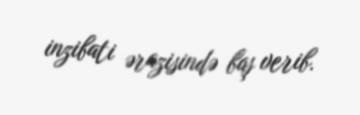
inzibati ərazisində baş verib.